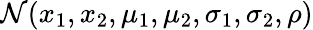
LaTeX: \mathcal{N}(x_{1},x_{2},\mu_{1},\mu_{2},\sigma_{1},\sigma_{2},\rho)